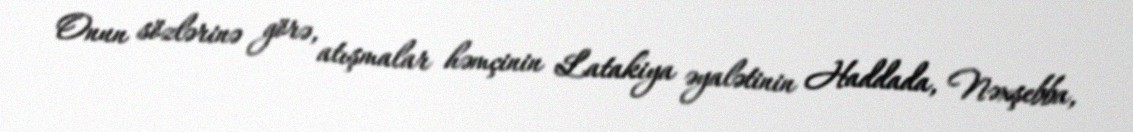
Onun sözlərinə görə, atışmalar həmçinin Latakiya əyalətinin Haddada, Nəxşebba,